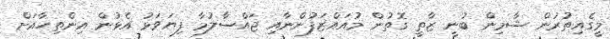
މީގެއިތުރުން ޝާމިން ބުނީ ޒާތީ ގޮތުން މުއައްޒަފުންނާއި ޖައްސާލުމާ ފިޔަވަޅު އެޅުން އިންތިހާއަށް